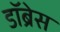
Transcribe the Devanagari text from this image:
डॉब्रेस